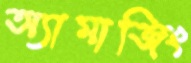
অ্যামাজিং